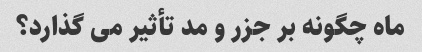
ماه چگونه بر جزر و مد تأثیر می گذارد؟